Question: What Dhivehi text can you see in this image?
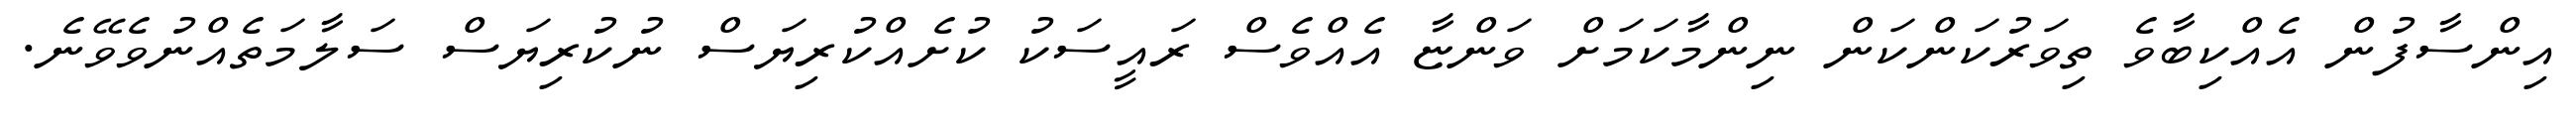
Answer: އިންސާފުން އެއްކިބާވެ ތިވަރުކަންކަން ނިންމާކަމަށް ވަންޏާ އެއްވެސް ރައީސަކު ކުށެއްކުރިޔަސް ނުކުރިޔަސް ސަލާމަތެއްނުވެވޭނެ.